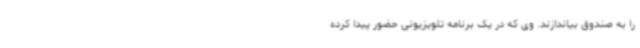
را به صندوق بیاندازند. وی که در یک برنامه تلویزیونی حضور پیدا کرده